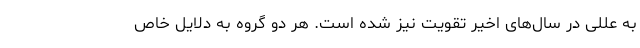
به عللی در سال‌های اخیر تقویت نیز شده است. هر دو گروه به دلایل خاص